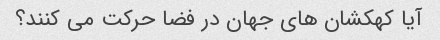
آیا کهکشان های جهان در فضا حرکت می کنند؟